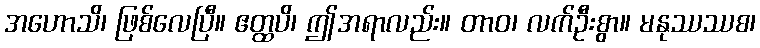
အဟောသိ၊ ဖြစ်လေပြီ။ ဧတ္ထပိ၊ ဤအရာလည်း။ တာဝ၊ လက်ဦးစွာ။ မနုဿဿစ၊